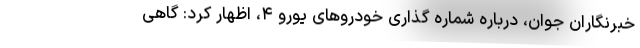
خبرنگاران جوان، درباره شماره گذاری خودروهای یورو ۴، اظهار کرد: گاهی